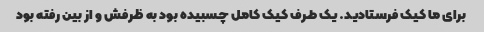
برای ما کیک فرستادید. یک طرف کیک کامل چسبیده بود به ظرفش و از بین رفته بود